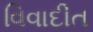
વિવાદીત